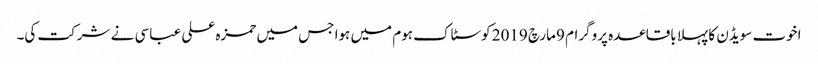
اخوت سویڈن کا پہلا باقاعدہ پروگرام 9 مارچ 2019 کوسٹاک ہوم میں ہوا جس میں حمزہ علی عباسی نے شرکت کی۔